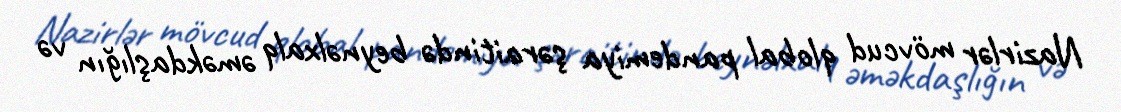
Nazirlər mövcud qlobal pandemiya şəraitində beynəlxalq əməkdaşlığın və